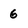
Character: 6